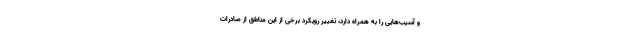
و آسیب‌هایی را به همراه دارد، تغییر رویکرد برخی از این مناطق از صادرات